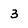
Character: 3